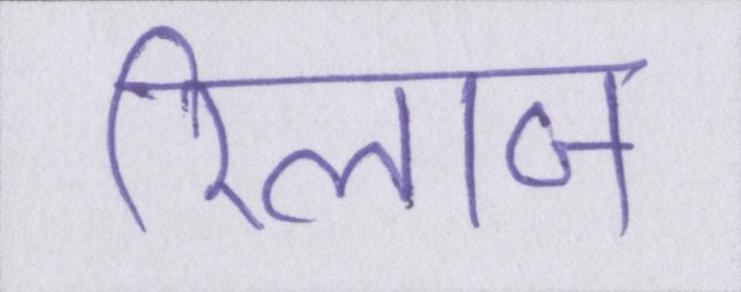
रिलाज